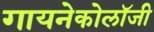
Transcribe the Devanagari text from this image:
गायनेकोलॉजी